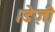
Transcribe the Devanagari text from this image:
।डेज़ी